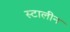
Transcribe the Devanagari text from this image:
स्टालीन